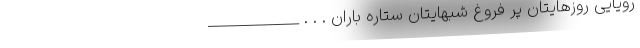
رویایی روزهایتان پر فروغ شبهایتان ستاره باران . . . _____________